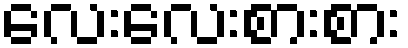
လေးလေးစားစား